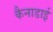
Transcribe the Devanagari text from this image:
कैनाडाई